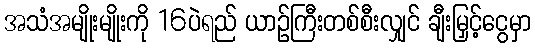
အသံအမျိုးမျိုးကို 16ပဲရည် ယာဉ်ကြီးတစ်စီးလျှင် ချီးမြှင့်ငွေမှာ